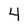
Character: 4